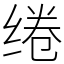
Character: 绻